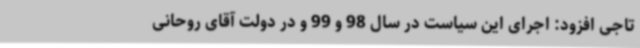
تاجی افزود: اجرای این سیاست در سال 98 و 99 و در دولت آقای روحانی